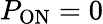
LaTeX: P_{\mathrm{ON}}=0